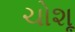
ચોશૂ